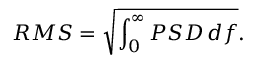
R M S = \sqrt { \int _ { 0 } ^ { \infty } P S D \, d f } .